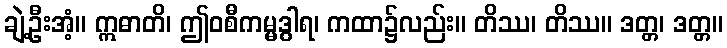
ချဲ့ဦးအံ့။ ဣဓာတိ၊ ဤဝစီကမ္မဒွါရ၊ ကထာ၌လည်း။ တိဿ၊ တိဿ။ ဒတ္တ၊ ဒတ္တ။